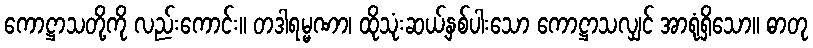
ကောဋ္ဌာသတို့ကို လည်းကောင်း။ တဒါရမ္မဏာ၊ ထိုသုံးဆယ့်နှစ်ပါးသော ကောဋ္ဌာသလျှင် အာရုံရှိသော။ ဓာတု